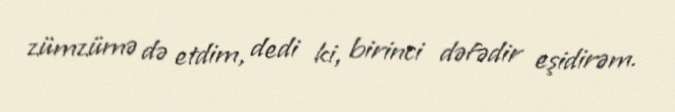
zümzümə də etdim, dedi ki, birinci dəfədir eşidirəm.